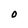
Character: O